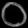
Digit: ၀